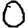
Digit: 0